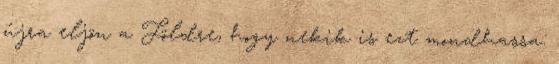
újra eljön a Földre, hogy nekik is ezt mondhassa: